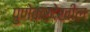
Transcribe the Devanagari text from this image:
पुणेकरदेखील